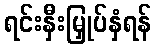
ရင်းနှီးမြှုပ်နှံရန်